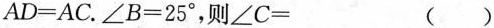
$$AD=AC$$.$$\angle B=25^{\circ}$$，则\angle C= ()